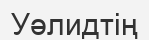
Уәлидтің